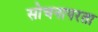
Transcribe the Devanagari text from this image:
सोचनापरता